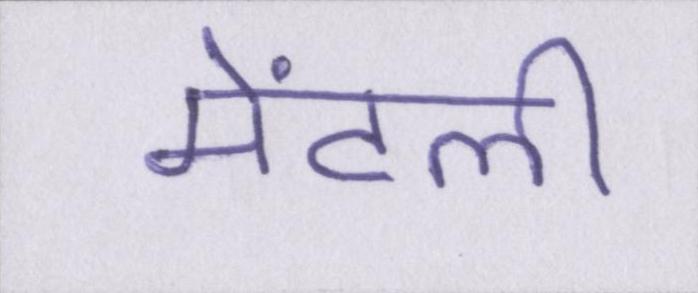
मेंटली